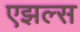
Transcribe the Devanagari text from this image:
एझल्स